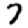
Digit: 7